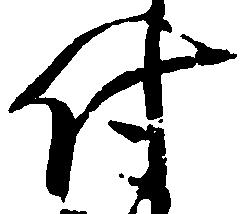
付